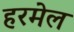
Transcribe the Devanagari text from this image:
हरमेल